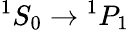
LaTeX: {}^{1}S_{0}\rightarrow{}^{1}P_{1}